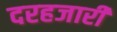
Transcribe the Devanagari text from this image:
दरहजारी